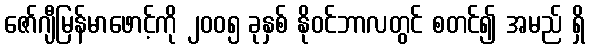
ဇော်ဂျီမြန်မာဖောင့်ကို ၂၀၀၅ ခုနှစ် နိုဝင်ဘာလတွင် စတင်၍ အမည် ရှိ